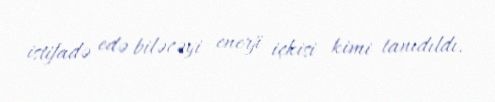
istifadə edə biləcəyi enerji içkisi kimi tanıdıldı.